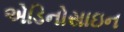
એડિનોસાઇન